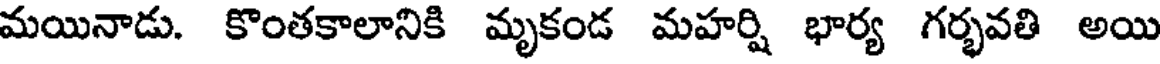
మయినాడు. కొంతకాలానికి మృకండ మహర్షి భార్య గర్భవతి అయి